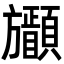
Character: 𣄩